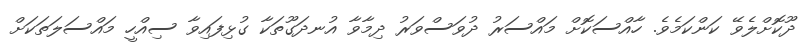
ދޫކޮށްލެވޭ ކަންކަމެވެ. ހާއްސަކޮށް މައްސަރު ދުވަސްވަރު ދިމާވާ އުނދަގޫތަކާ ގުޅިފައިވާ ސިއްހީ މައްސަލަތަކަށް